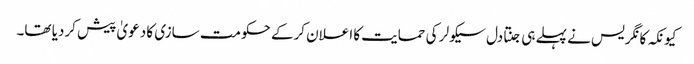
کیونکہ کانگریس نے پہلے ہی جنتادل سیکولر کی حمایت کا اعلان کرکے حکومت سازی کا دعویٰ پیش کردیا تھا۔